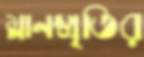
ম্লানস্মৃতির